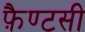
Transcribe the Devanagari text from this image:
फ़ैण्टसी